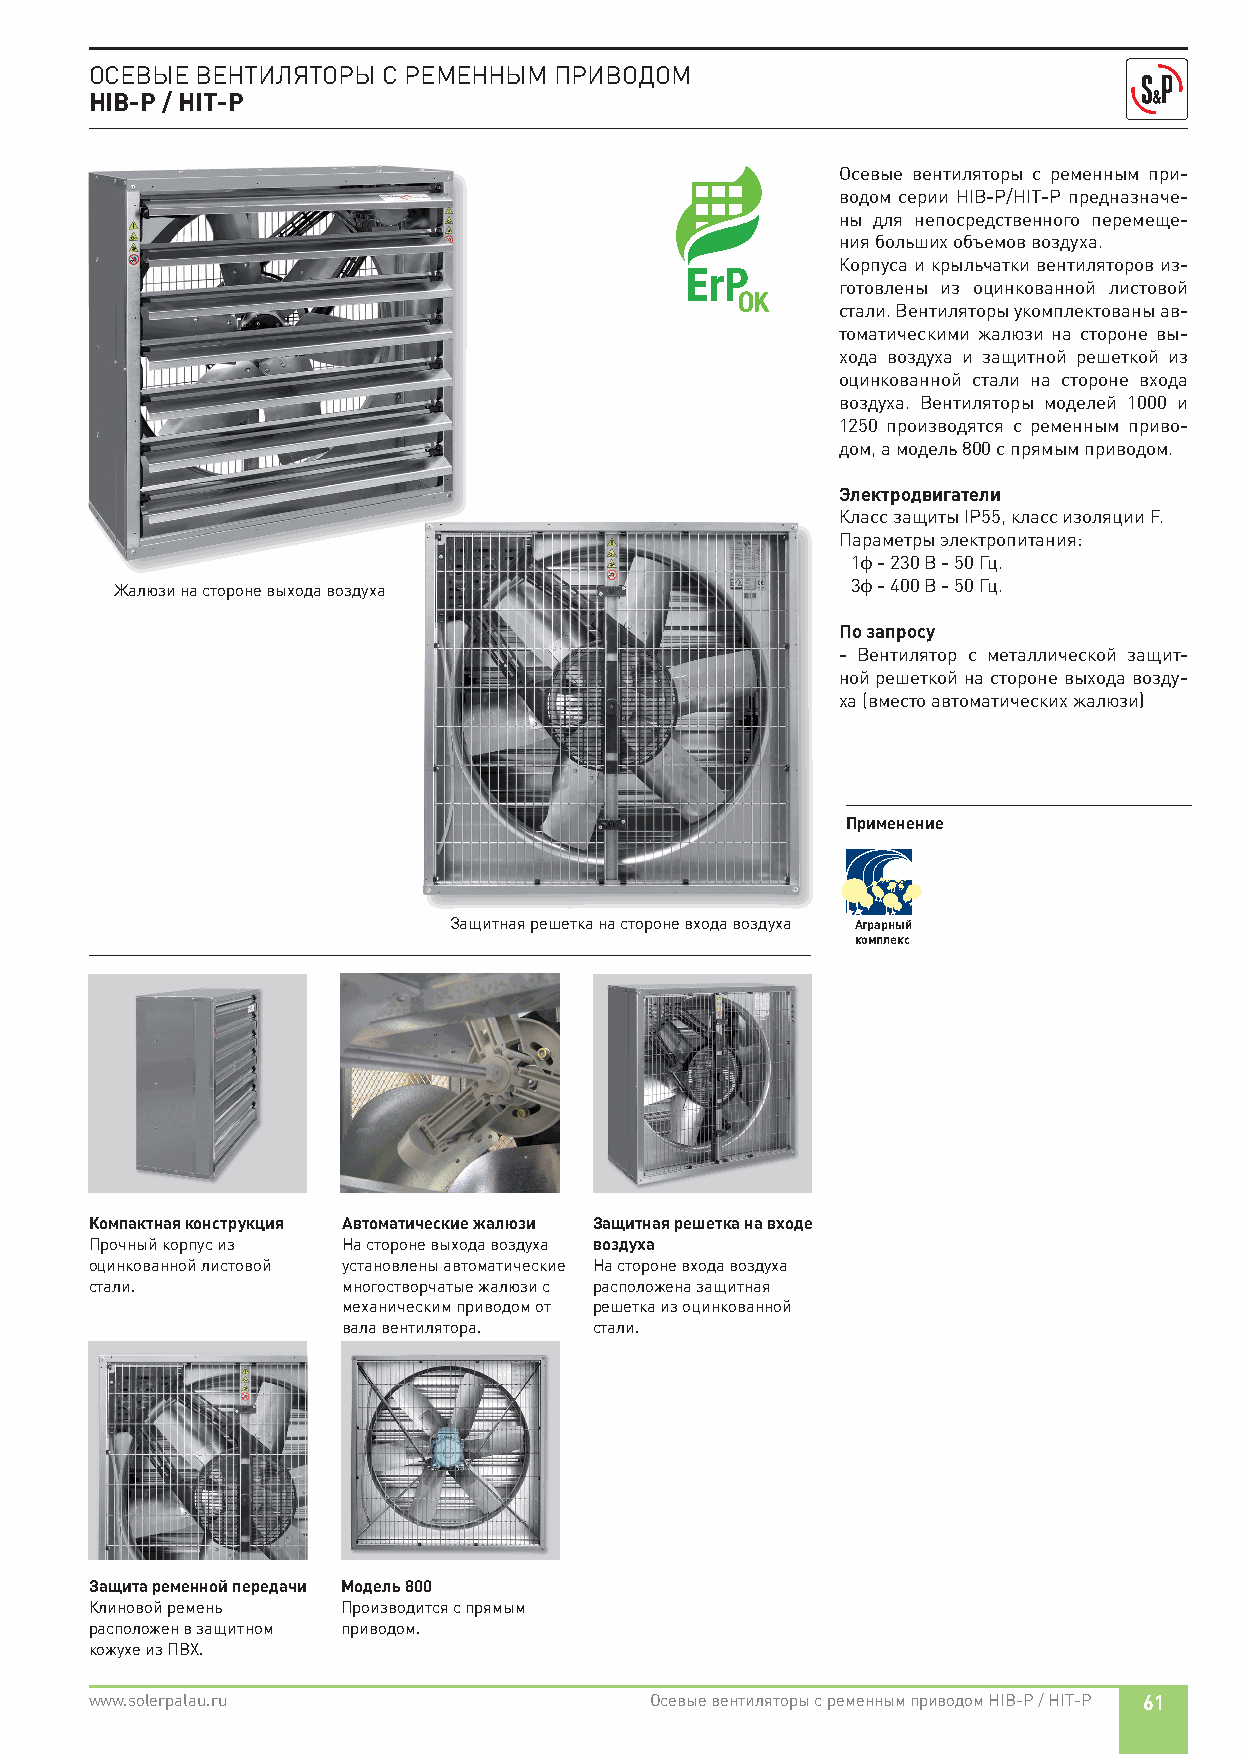
ОСЕВЫЕ ВЕНТИЛЯТОРЫ С РЕМЕННЫМ  ПРИВОДОМ
 HIB-P / HIT-P
 Осевые вентиляторы с ременным при-
 водом серии HIB-P/HIT-P предназначе-
 ны для непосредственного перемеще-
 ния больших объемов воздуха.
 Корпуса и крыльчатки вентиляторов из-
 готовлены из оцинкованной листовой
 стали. Вентиляторы укомплектованы ав-
 томатическими жалюзи на стороне вы-
 хода воздуха и защитной решеткой из
 оцинкованной стали на стороне входа
 воздуха. Вентиляторы моделей 1000 и
 1250 производятся с ременным приво-
 дом, а модель 800 с прямым приводом.
 Электродвигатели
 Класс защиты IP55, класс изоляции F.
 Параметры электропитания:
 1ф - 230 В - 50 Гц.
 Жалюзи на стороне выхода воздуха                3ф - 400 В - 50 Гц.
 По запросу
 - Вентилятор с металлической защит-
 ной решеткой на стороне выхода возду-
 ха (вместо автоматических жалюзи)
 Применение
 Защитная решетка на стороне входа воздуха Аграрный
 комплекс
 Компактная конструкция Автоматические жалюзи Защитная решетка на входе
 Прочный корпус из На стороне выхода воздуха воздуха
 оцинкованной листовой установлены автоматические На стороне входа воздуха
 стали.           многостворчатые жалюзи с расположена защитная
 механическим приводом от решетка из оцинкованной
 вала вентилятора. стали.
 Защита ременной передачи Модель 800
 Клиновой ремень  Производится с прямым
 расположен в защитном приводом.
 кожухе из ПВХ.
 www.solerpalau.ru                    Осевые вентиляторы с ременным приводом HIB-P / HIT-P 61